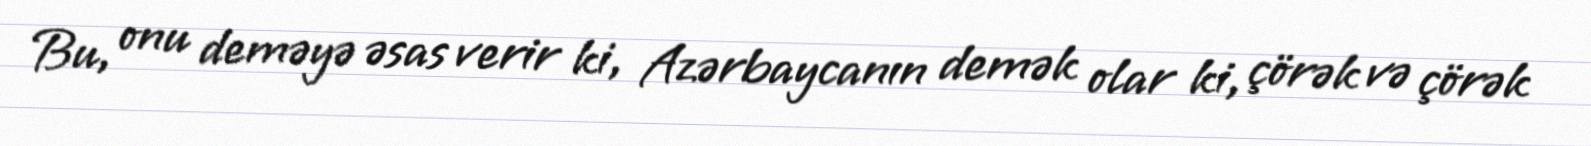
Bu, onu deməyə əsas verir ki, Azərbaycanın demək olar ki, çörək və çörək